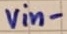
Text: vin-